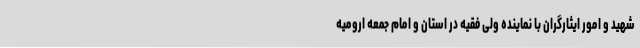
شهید و امور ایثارگران با نماینده ولی فقیه در استان و امام جمعه ارومیه